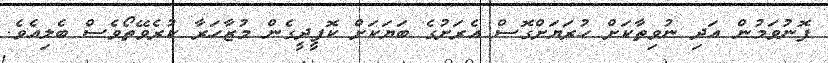
ފޮނުވަމުން އަދި ނުވިތާކަށް ހުރަޔަށްގޮސް އެރަށުގެ ބަޔަކަށް ކޮފީދީގެން މުޒާހަރާ ކުރެވޭތޯވެސް ބެލިއެވެ.